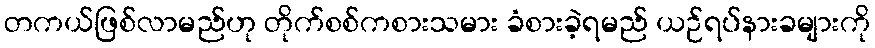
တကယ်ဖြစ်လာမည်ဟု တိုက်စစ်ကစားသမား ခံစားခဲ့ရမည် ယဉ်ရပ်နားခများကို